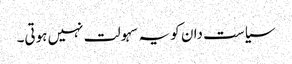
سیاست دان کو یہ سہولت نہیں ہوتی۔